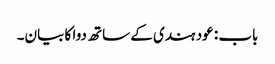
باب : عود ہندی کے ساتھ دوا کا بیان۔